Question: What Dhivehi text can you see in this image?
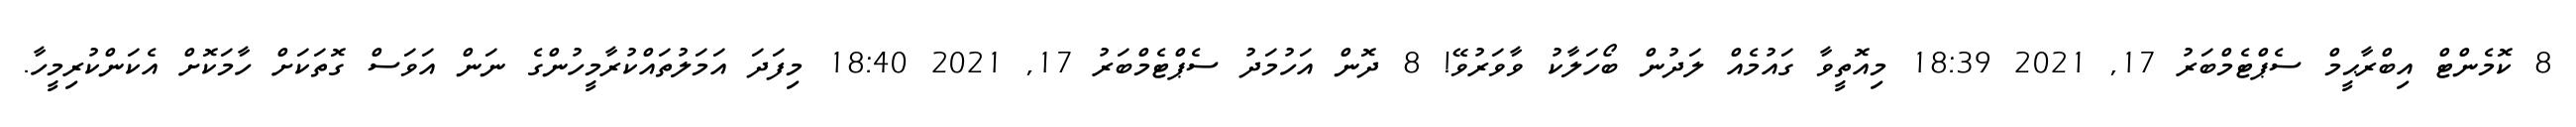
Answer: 8 ކޮމެންޓް އިބްރާޙީމް ސެޕްޓެމްބަރު 17, 2021 18:39 މިއޮތީވާ ގައުމެއް ލަދުން ބޯހަލާކު ވާވަރުވޭ! 8 ދޮން އަހުމަދު ސެޕްޓެމްބަރު 17, 2021 18:40 މިފަދަ އަމަލުތައްކުރާމީހުންގެ ނަން އަވަސް ގޮތަކަށް ހާމަކޮށް އެކަންކުރިމީހާ.